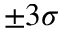
\pm 3 \sigma